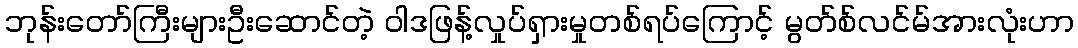
ဘုန်းတော်ကြီးများဦးဆောင်တဲ့ ဝါဒဖြန့်လှုပ်ရှားမှုတစ်ရပ်ကြောင့် မွတ်စ်လင်မ်အားလုံးဟာ